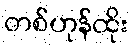
တစ်ဟုန်ထိုး